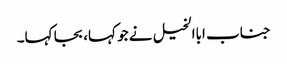
جناب اباالخیل نے جو کہا، بجا کہا۔